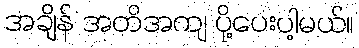
အချိန် အတိအကျ ပို့ပေးပါ့မယ်။